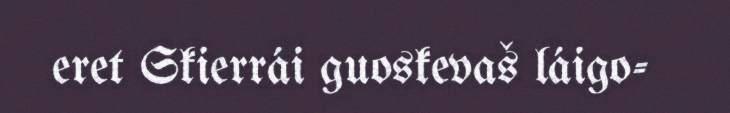
eret Skierrái guoskevaš láigo-